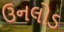
ઉનલોડ